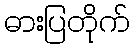
ဓားပြတိုက်